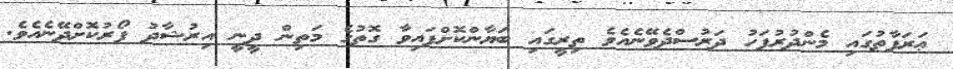
ޢަރަފާތުގައި މެންދުރުފަހު ދަރުސްދެވޭނެއެވެ ތިރީގައި ބަޔާންކޮށްފައިވާ ގޮތުގެ މަތިން ދީނީ އިރުޝާދު ފޯރުކޮށްދޭނެއެވެ.